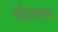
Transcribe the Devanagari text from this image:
महिलालय